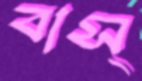
বাস্‌